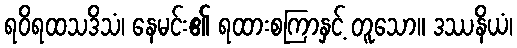
ရဝိရထသဒိသံ၊ နေမင်း၏ ရထားစကြာနှင့် တူသော။ ဒဿနိယံ၊